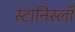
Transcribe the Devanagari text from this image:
स्टानिस्लॉ